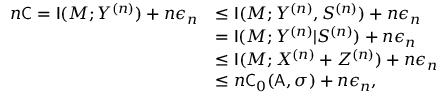
\begin{array} { r l } { n \mathsf { C } = \mathsf { I } ( M ; Y ^ { ( n ) } ) + n \epsilon _ { n } } & { \le \mathsf { I } ( M ; Y ^ { ( n ) } , S ^ { ( n ) } ) + n \epsilon _ { n } } \\ & { = \mathsf { I } ( M ; Y ^ { ( n ) } | S ^ { ( n ) } ) + n \epsilon _ { n } } \\ & { \le \mathsf { I } ( M ; X ^ { ( n ) } + Z ^ { ( n ) } ) + n \epsilon _ { n } } \\ & { \le n \mathsf { C } _ { 0 } ( \mathsf { A } , \sigma ) + n \epsilon _ { n } , } \end{array}